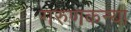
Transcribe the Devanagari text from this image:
गरुणकन्या